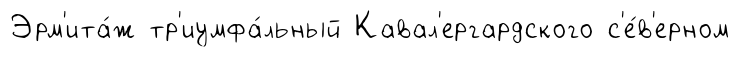
Эрм'ита́ж тр'иумфа́льный Кавал'ергардского с'е́в'ерном